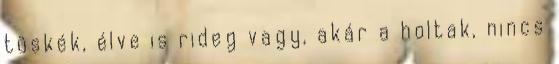
tüskék, élve is rideg vagy, akár a holtak, nincs